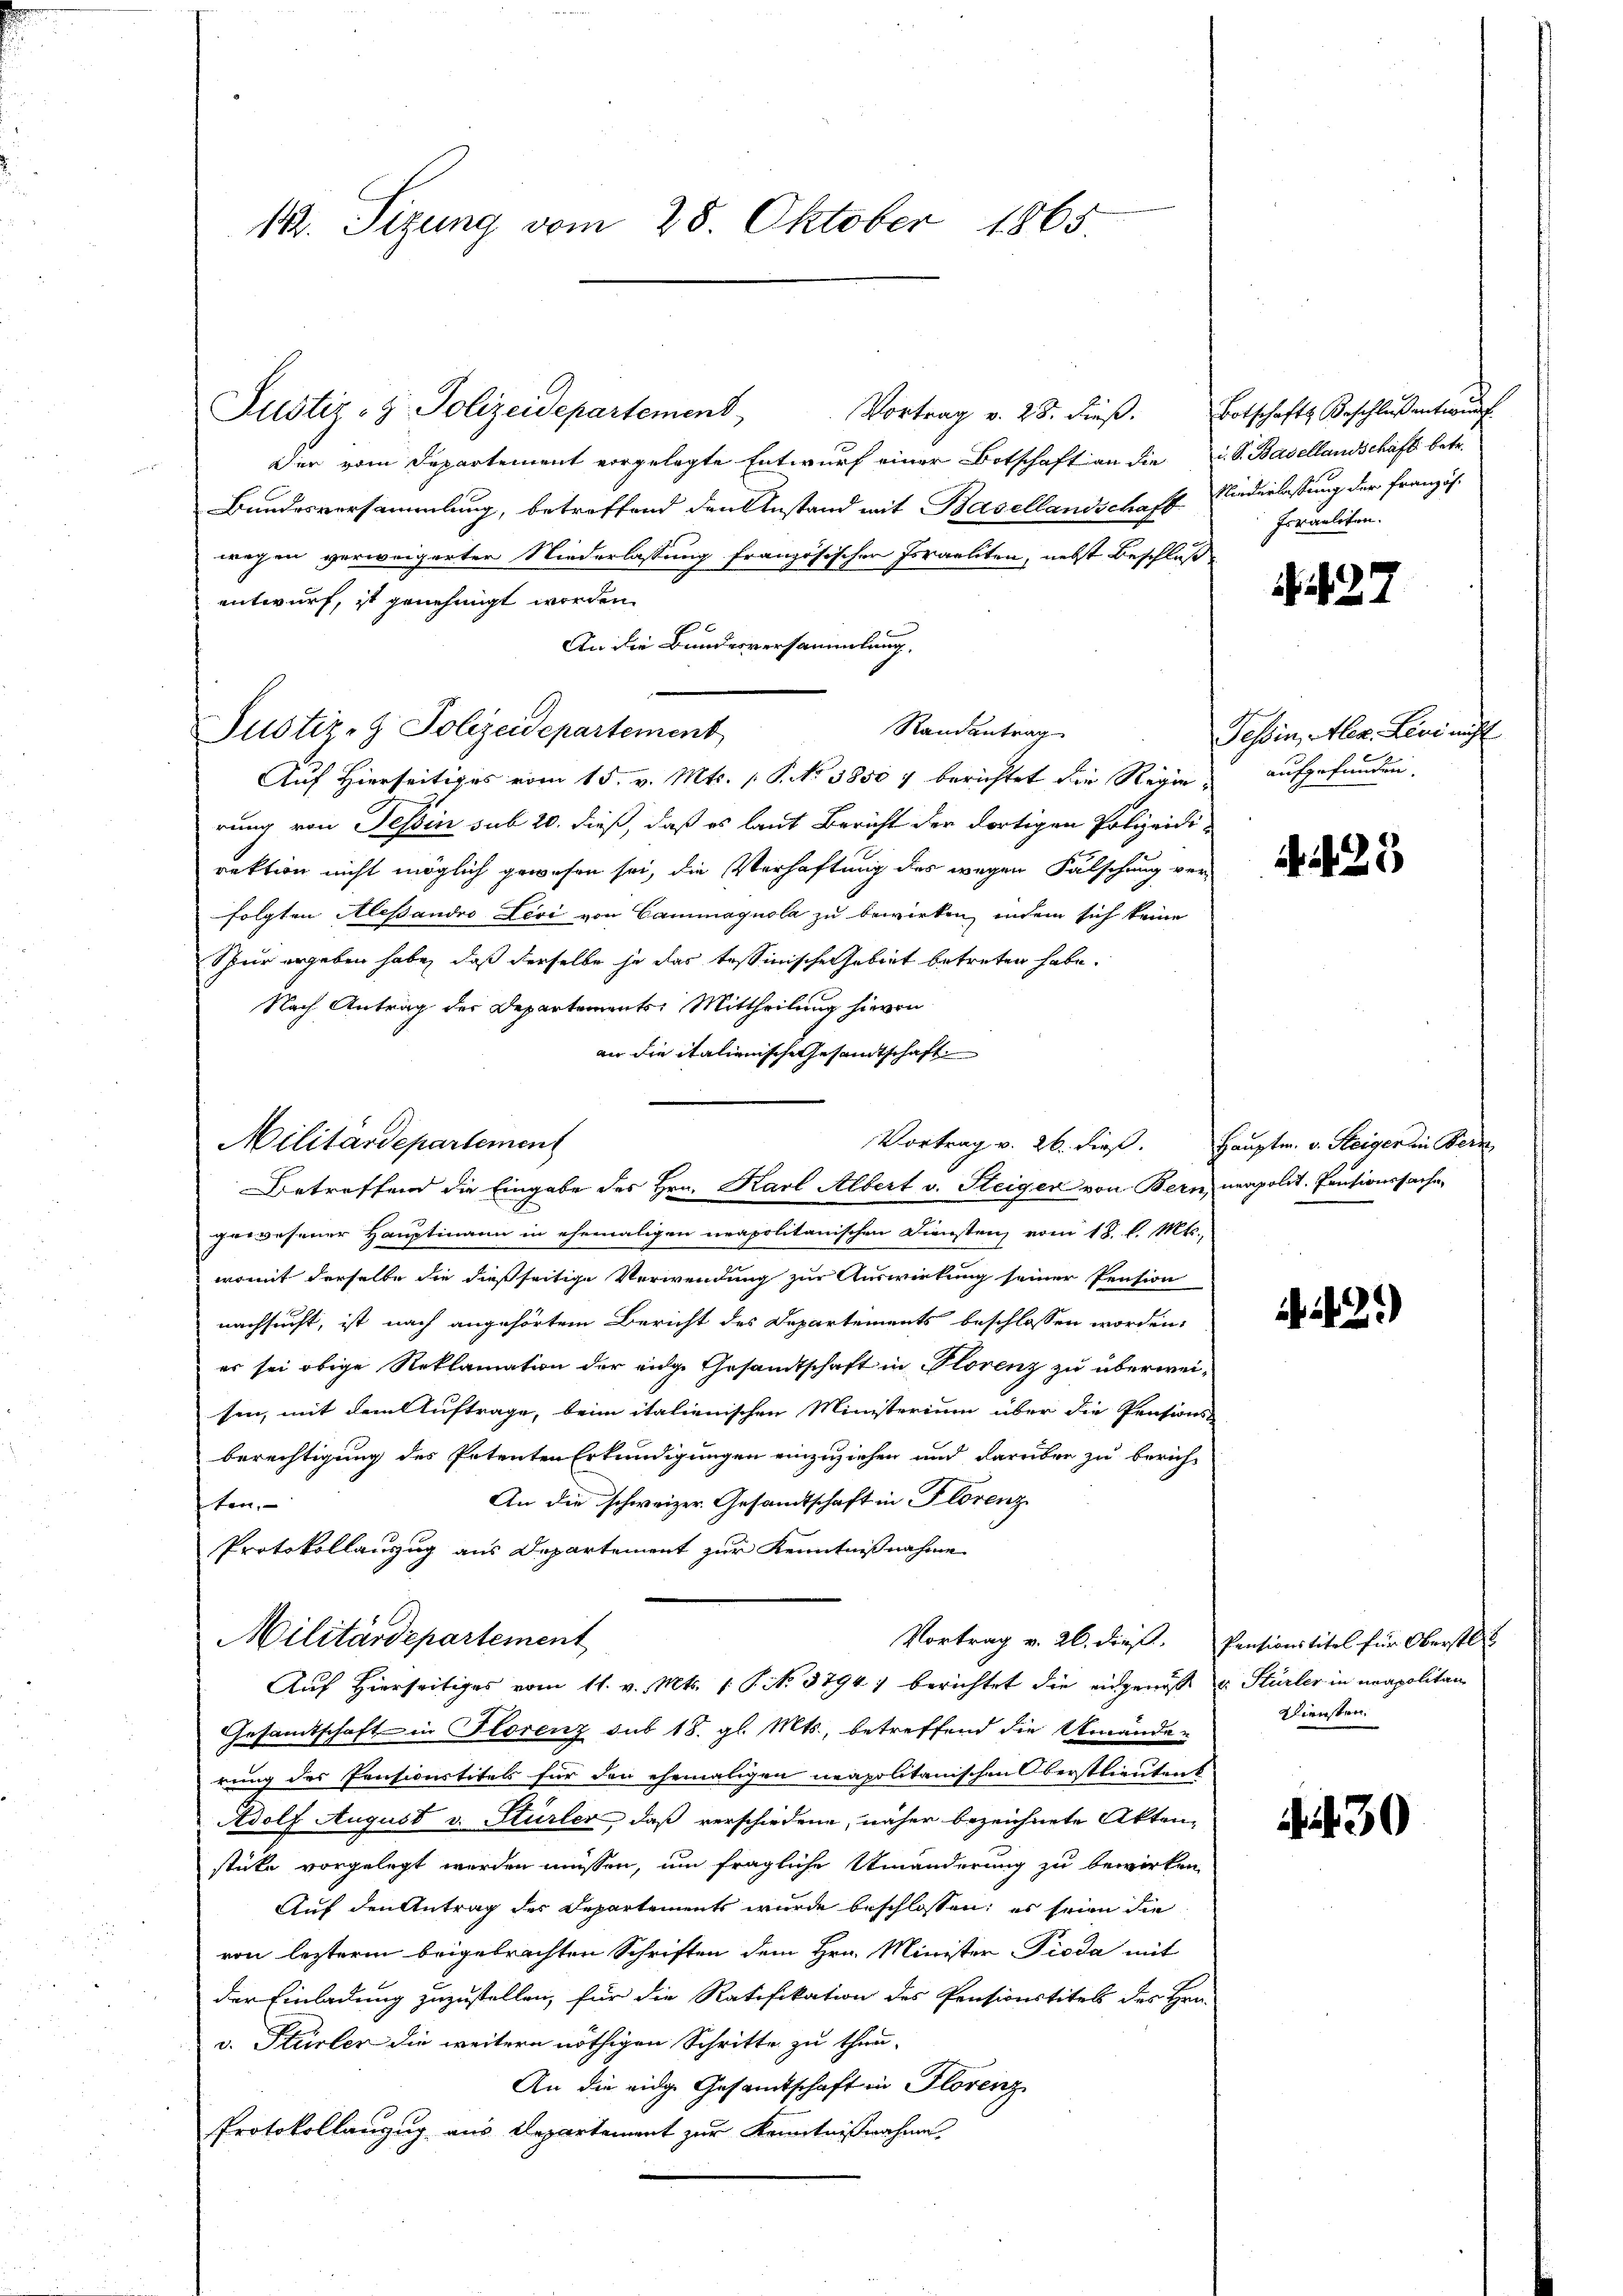
12. Sizung vom 28. Oktober 1865.

Justiz- & Polizeidepartement
Vortrag v. 28. dieβ. Botschafts Beschluß entwurf
Der vom Departement vorgelegte Entwurf einer Botschaft an die u. S. Basellandschaft betr.
Bundesversammlung, betreffend den Anstand mit Basellandschaft Niederlassung der Französ.
wegen verweigerter Niederlassung französischen Israeliten, nebst Beschluß
entwurf, ist genehmigt worden.
An die Bundesversammlung.
Randantrag
Justiz- & Polizeidepartement
Auf Hierseitiges vom 15. v. Mts. 1 P. No. 1850 f berichtet die Regie aufgefunden.
rung von Tessin sub 20. dieß, daß es laut Bericht der dortigen Polizeidi-
rektion nicht möglich gewesen sei, die Verhaftung des wegen Falschung ver-
folgten Alessandro Levi von Camiagnola zu bewirken, indem sich keine
Spur ergeben habe, daß derselbe je das tessinische Gebiet betreten habe.
Nach Antrag der Departements Mittheilung hievon
an die italienische Gesamtschaft
Militärdepartement
Betreffend die Eingabe des Hrn. Karl Albert v. Steiger von Bern, neapolit. Pensionssache
gewesener Hauptmann in ehemaligen neapolitanischen Diensten vom 18. l. Mts.,
womit derselbe die dießseitige Verwendung zur Auswirkung seiner Pension
nachsucht, ist nach angehörtem Bericht des Departements beschlossen worden,
er sei obige Reklamation der eidge Gesandtschaft in Florenz zu überweisen, mit dem Auftrage, beim italienischen Ministerium über die Pensions-
berechtigung des Petenten Erkundigungen einzuziehen und darüber zu bericht
An die schweizer. Gesandtschaft in Florenz
sten
Protokollauszug aus Departement zur Kenntnißnahme
Militärdepartement
Vortrag v. 26. dieß.
Auf Hierseitiges vom 11. v. Mts. 1. P. No. 3794) berichtet die eingenosse u. Stürler in neapolitan
Gesamtschaft in Florenz sub 18. gl. Mts., betreffend die Umände-
rung des Pensicurtitels für den ehemaligen neapolitanischen Oberstlieuten
Adolf August v. Stürler, daß verschiedene, näher bezeichnete Akten-
stücke vorgelegt werden müssen, um fragliche Umänderung zu bewirken,
Auf den Antrag der Departements wurde beschlossen; es seien die
von lezterm beigebrachten Schriften dem Hrn. Minister Pioda mit
der Einladung zuzustellen, für die Ratifikation des Pensionstitel des Hrn.
v. Stürler die weitern nöthigen Schritte zu thun-
An die eidge Gesandtschaft in Florenz
Protokollanzug aus Departement zur Kenntnißnahmen

Israeliten.

27

Tessin, Alex. Leni nicht

25

Vortrag v. 26. dieß. Hauptm. v. Steiger in Bern

2.)

Pensionstitel für Oberstli
Diensten.

30